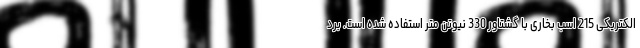
الکتریکی 215 اسب بخاری با گشتاور 330 نیوتن متر استفاده شده است. برد